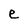
Character: e